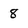
Character: 8